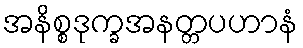
အနိစ္စဒုက္ခအနတ္တပဟာနံ